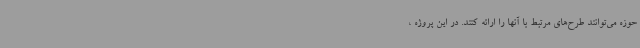
حوزه می‌توانند طرح‌های مرتبط با آنها را ارائه کنند. در این پروژه ،